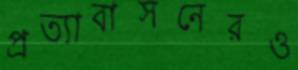
প্রত্যাবাসনেরও